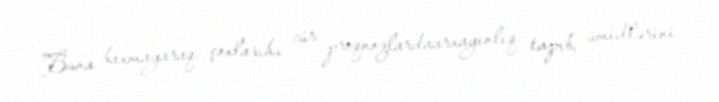
Buna baxmayaraq, çoxlarıbu cür proqnozlardaarxayınlıq tapıb, ümidlərini